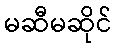
မဆီမဆိုင်